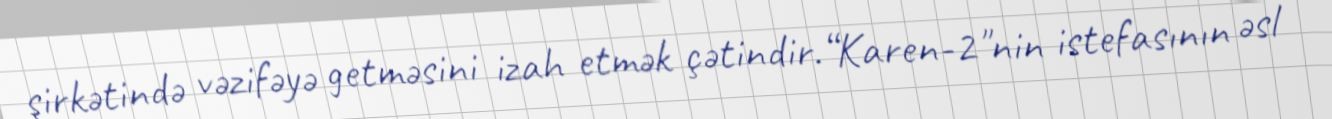
şirkətində vəzifəyə getməsini izah etmək çətindir.“Karen-2"nin istefasının əsl